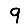
Digit: 9